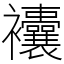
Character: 𧟘